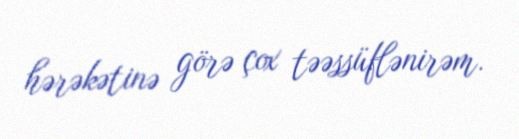
hərəkətinə görə çox təəssüflənirəm.